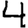
Digit: 4